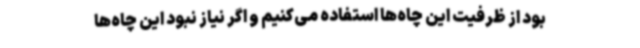
بود از ظرفیت این چاه‌ها استفاده می‌کنیم و اگر نیاز نبود این چاه‌ها